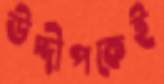
উদ্দীপকেই